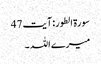
سورۃ الطور: آیت 47
میرے اللہ ۔